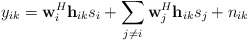
\begin{align*}y_{ik}={\bf{w}}^{H}_{i}{\bf{h}}_{ik}s_{i}+\sum_{j\neq i}{\bf{w}}^{H}_{j}{\bf{h}}_{ik}s_{j}+n_{ik} \end{align*}